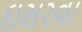
ઇસરવા